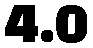
4.0